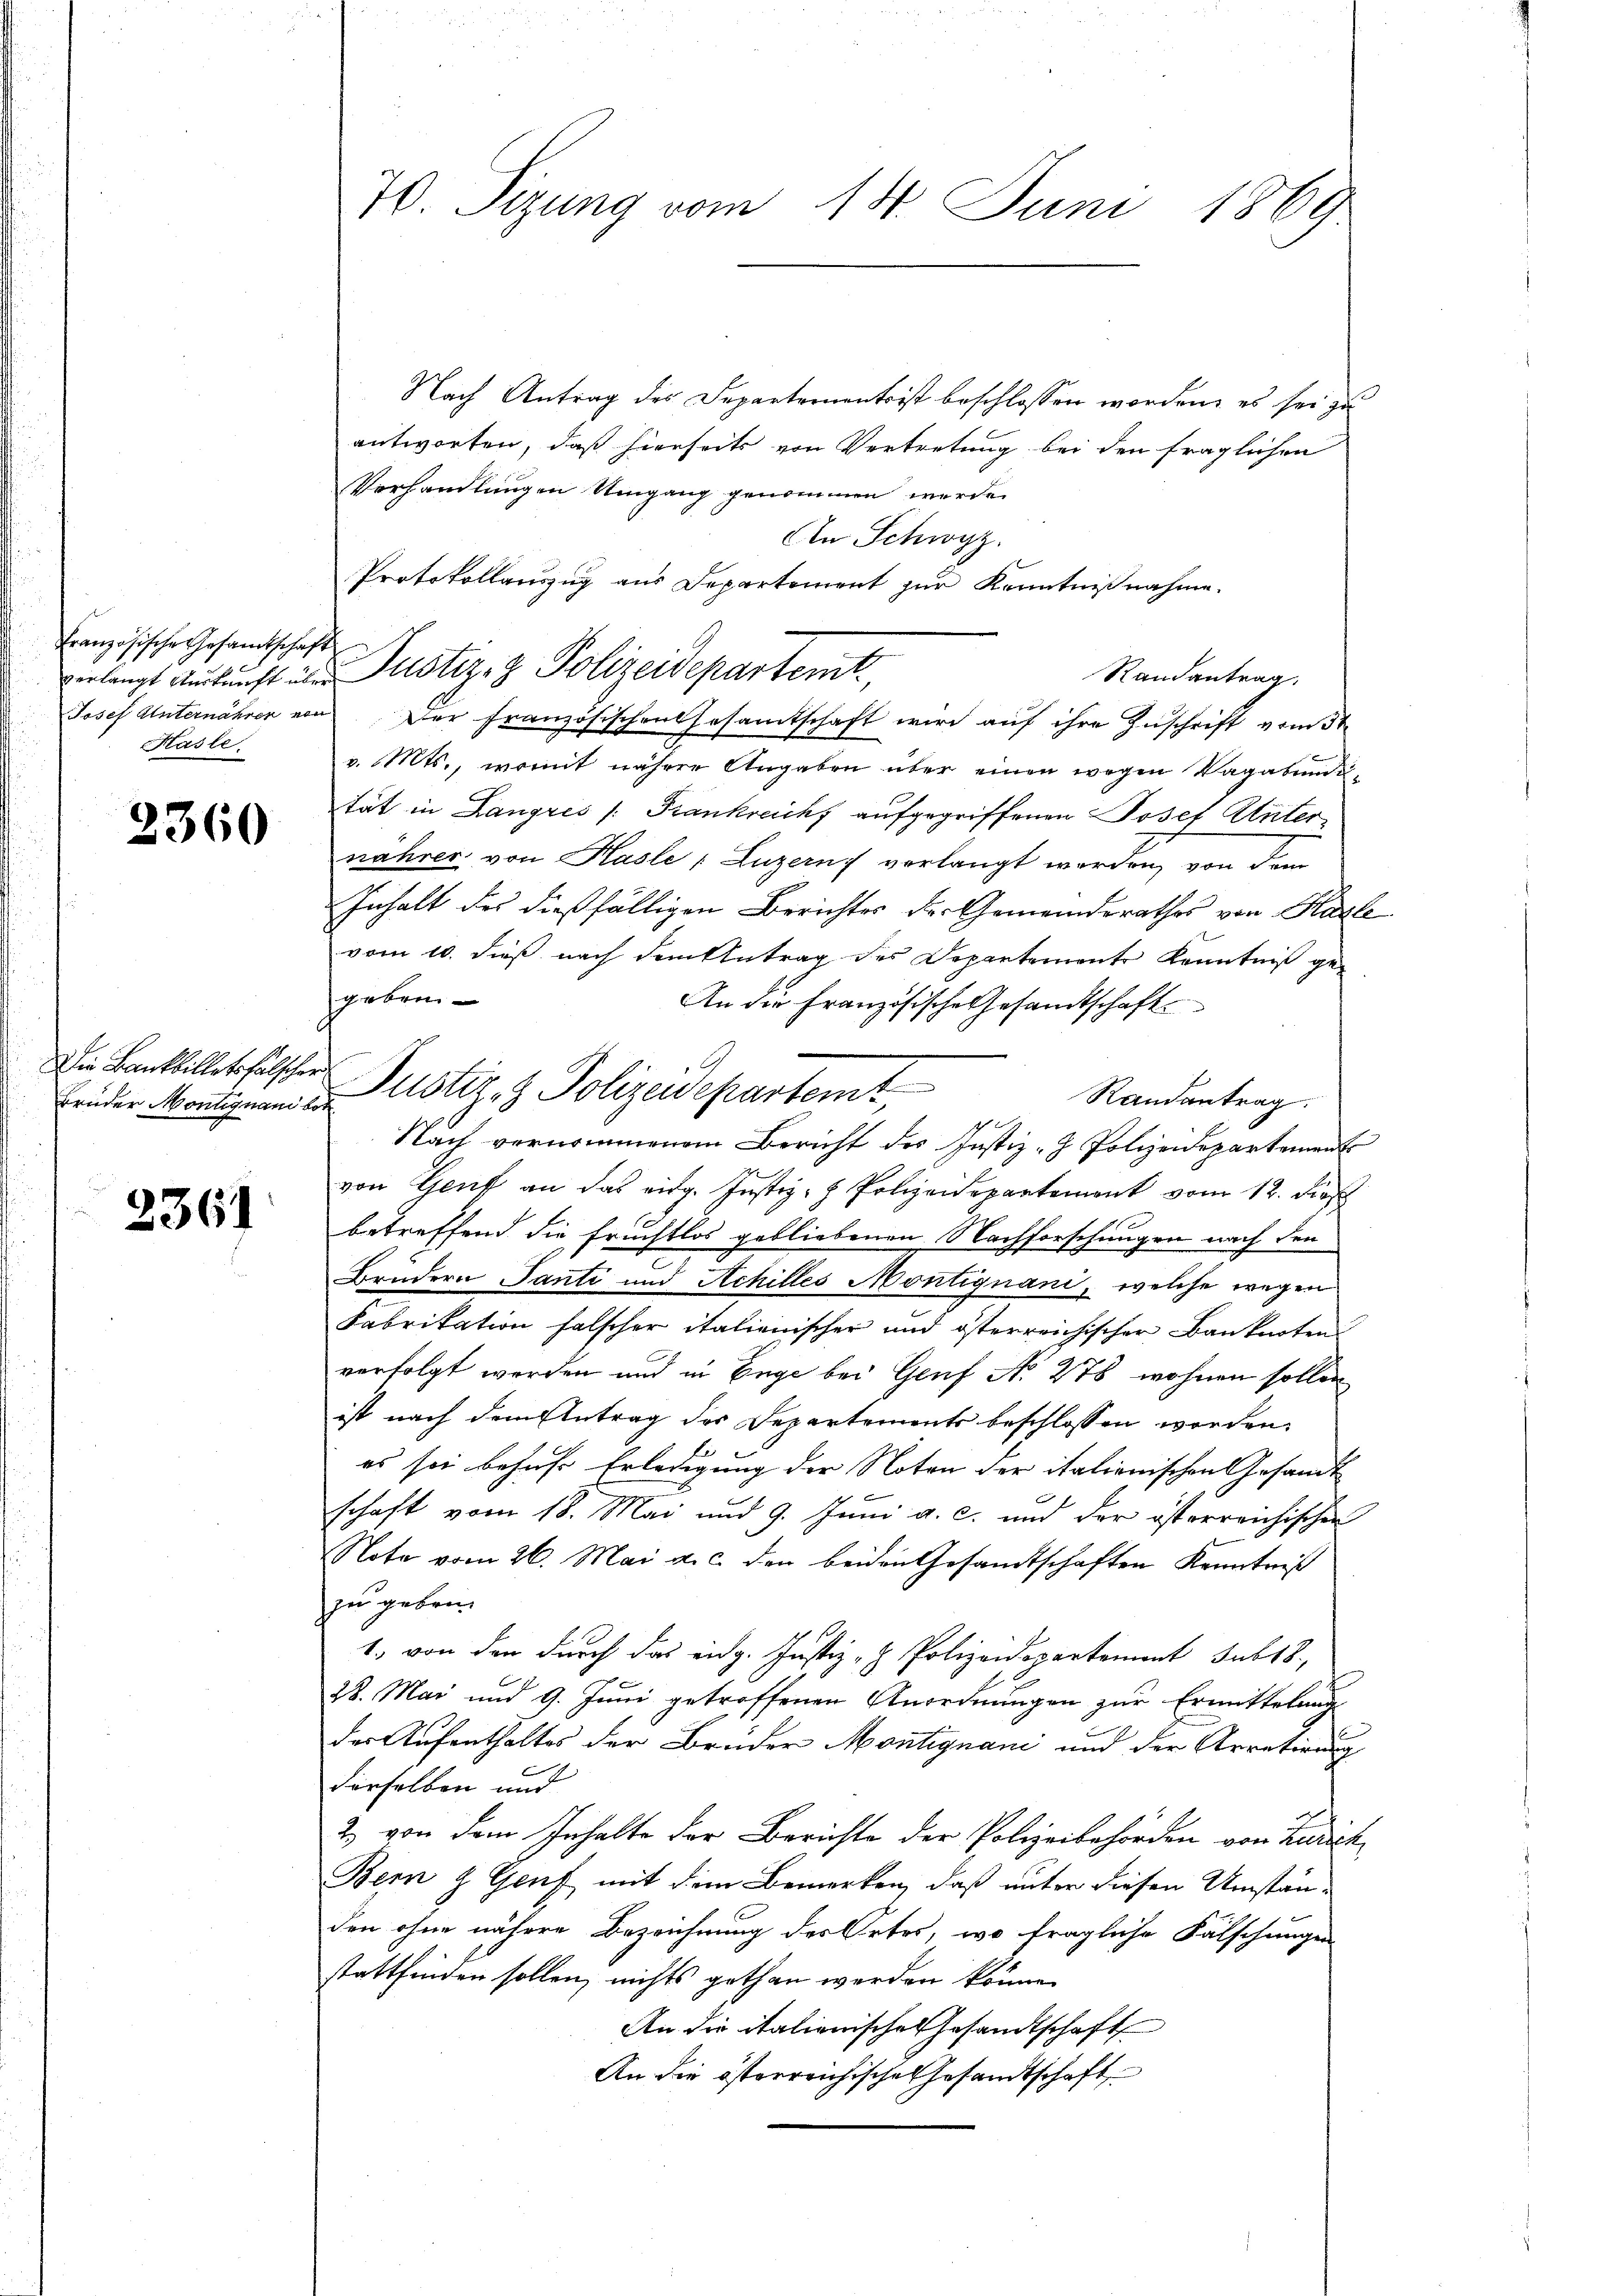
Französische Gesamtschaft
Kasle.

2360

Brüder Montignan bet

2361

70. Sizung vom 14. Juni 1869

Nach Antrag der Departements ist beschlossen worden, es sei zu
antworten, daß hierseits von Vertretung bei den fraglichen
Verhandlungen Umgang genommen werde.
An Schwyz.
Protokollauszug aus Departement zur Kenntnißnahme.
verlangt Auskunft in Justiz- & Polizeidepartemt,
Randantrag,
Josef Unternähren von der Französischen Gesamtschaft wird auf ihre Zuschrift vom 3ten
v. Mts., womit nähere Angaben über einen wegen Vagabundetät in Langres /: Frankreich aufgegriffenen Josef Güter
nahrer von Hasle ; Luzerny verlangt worden, von dem
Inhalt des dießfälligen Berichter der Gemeinderathes von Karle
vom 10. dieß nach dem Antrag des Departemente Kenntniß gegeben
An die Französische Gesandtschaft
Randantrag.
Nach vernommenem Bericht des Justiz- & Polizeidepartement
von Genf an das eidg. Justiz- & Polizeidepartement vom 12. Dies
betreffend die Fruchtlos gebliebenen Nachforschungen nach den
Brüdern Tante und Achilles Montignani, welche wegen
Fabrikation falscher italienischer und österreichischer Banknoten
verfolgt werden und in Enge bei Genf No 278 wohnen sollen
ist nach dem Antrag des Departements beschlossen worden.
es sei behufs Erledigung der Noten der italionischen Gesandt
schaft vom 18. Mai und 9. Juni a. c. und der österreichischen
Note vom 26. Mai a. c. der beiden Gesandtschaften Kenntniß
zu geben.
1. von den durch das eidg. Justiz- & Polizeidepartement sub 18.
28. Mai und 9. Juni getroffenen Anordnungen zur Ermittelung
der Aufenthaltes der Brüder Montignani und der Arretirung
derselben und
2) von dem Inhalte der Berichte der Polizeibehörden von Zürich
Bern & Genf mit dem Bemerken, daß unter diesen Umständen ohne nähere Bezeichnung der Ortes, wo fragliche Fälschungen
stattfinden sollen, nichts gethan werden könne.
An die italienische Gesandtschaft
An die österreichische Gesandtschaft

Die Kantillet halter Justiz- & Polizeidepartemt